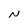
Character: N